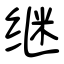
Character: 继